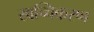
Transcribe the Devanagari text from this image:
खच्चिकरण